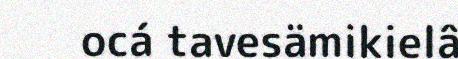
ocá tavesämikielâ